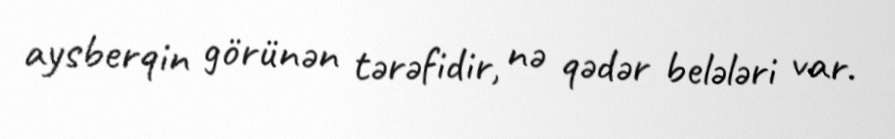
aysberqin görünən tərəfidir, nə qədər belələri var.